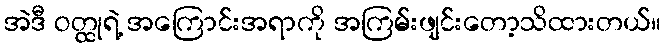
အဲဒီ ဝတ္ထုရဲ့ အကြောင်းအရာကို အကြမ်းဖျင်းတော့သိထားတယ်။